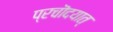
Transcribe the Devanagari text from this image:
प्रचॊदयात्